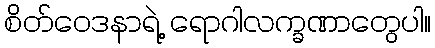
စိတ်ဝေဒနာရဲ့ ရောဂါလက္ခဏာတွေပါ။